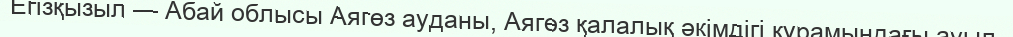
Егізқызыл — Абай облысы Аягөз ауданы, Аягөз қалалық әкімдігі құрамындағы ауыл.